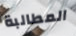
المطالبة